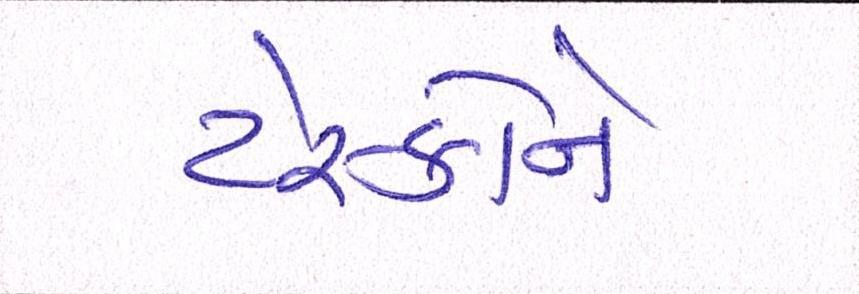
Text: ટેસ્કોને